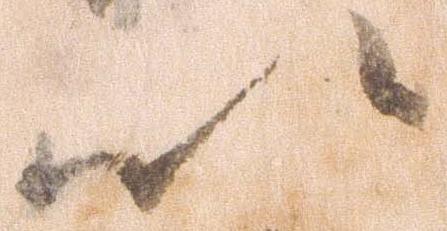
以